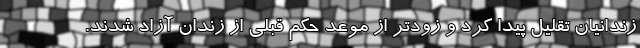
زندانیان تقلیل پیدا کرد و زودتر از موعد حکم قبلی از زندان آزاد شدند.